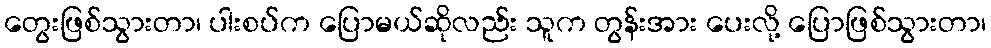
တွေးဖြစ်သွားတာ၊ ပါးစပ်က ပြောမယ်ဆိုလည်း သူက တွန်းအား ပေးလို့ ပြောဖြစ်သွားတာ၊